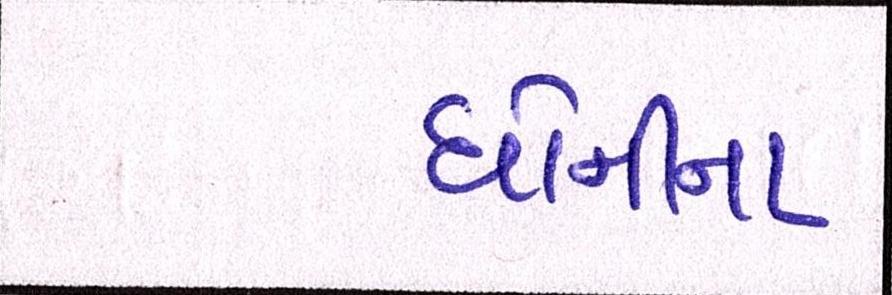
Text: ધોનીના